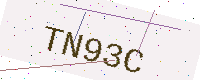
Text: TN93C